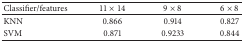
| Classifier/features | 11 × 14 | 9 × 8 | 6 × 8 |
 | --- | --- | --- | --- |
 | KNN | 0.866 | 0.914 | 0.827 |
 | SVM | 0.871 | 0.9233 | 0.844 |